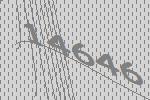
14646